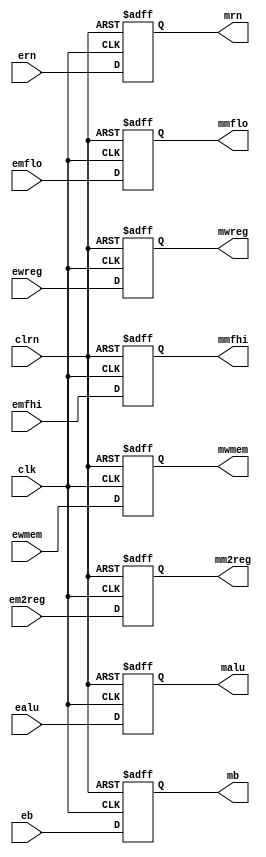

module pipeemreg(ewreg, em2reg, ewmem, ealu, eb, ern, clk, clrn, mwreg, 
	             mm2reg, mwmem, malu, mb, mrn,emfhi, emflo, mmfhi, mmflo);

	input [31:0] ealu, eb;
	input [4:0]  ern;
	input        ewreg,  ewmem;
	input [1:0] em2reg;
	input        clk, clrn;
	input emfhi, emflo;

	output [31:0] malu, mb;
	output [4:0]  mrn;
	output        mwreg,  mwmem;
	output [1:0] mm2reg;
	output mmfhi, mmflo;
	reg [31:0]    malu, mb;
	reg [4:0]     mrn;
	reg           mwreg,  mwmem;
	reg mmflo, mmfhi;
	reg [1:0] mm2reg;

	always @(posedge clrn or posedge clk) begin
		if (clrn)begin
			mwreg <= 0;
			mm2reg <= 0;
			mwmem <= 0;
			malu <= 0;
			mb <= 0;
			mrn <= 0;
			mmflo <= 0;
			mmfhi <= 0;
		end
		else  begin

			mwreg <= ewreg;
			mm2reg <= em2reg;
			mwmem <= ewmem;
			malu <= ealu;
			mb <= eb;
			mrn <= ern;
			mmfhi <= emfhi;
			mmflo <= emflo;
		end
	end
endmodule